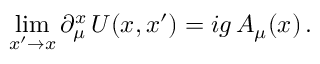
\operatorname * { l i m } _ { x ^ { \prime } \to x } \partial _ { \mu } ^ { x } \, U ( x , x ^ { \prime } ) = i g \, A _ { \mu } ( x ) \, .